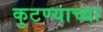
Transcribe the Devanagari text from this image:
कुटण्याच्या